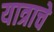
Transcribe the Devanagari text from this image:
यात्राचे